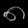
Digit: ၈